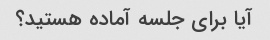
آیا برای جلسه آماده هستید؟